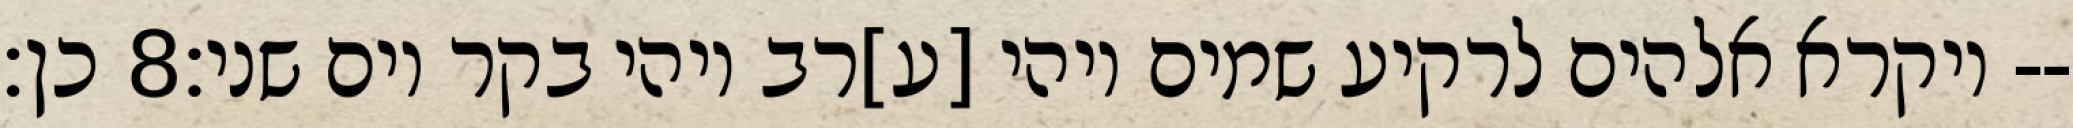
כן׃ ‎8‏ ויקרא אלהים לרקיע שמים ויהי [ע]רב ויהי בקר יום שני׃--